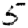
Digit: 5